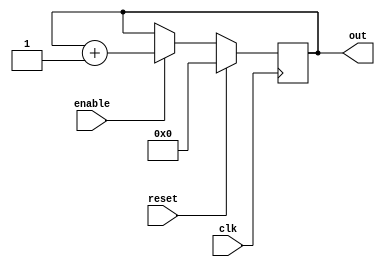
module up_counter_tut    (
out     ,  // Output of the counter
enable  ,  // enable for counter
clk     ,  // clock Input
reset      // reset Input
);
//----------Output Ports--------------
    output [7:0] out;
//------------Input Ports--------------
     input enable, clk, reset;
//------------Internal Variables--------
    reg [7:0] out;
//-------------Code Starts Here-------
always @(posedge clk)
if (reset) begin
  out <= 8'b0 ;
end else if (enable) begin
  out <= out + 1;
end


endmodule